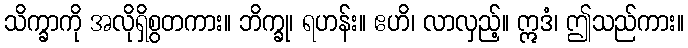
သိက္ခာကို အလိုရှိစွတကား။ ဘိက္ခု၊ ရဟန်း။ ဧဟိ၊ လာလှည့်။ ဣဒံ၊ ဤသည်ကား။